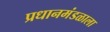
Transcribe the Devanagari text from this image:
प्रधानमंडळाला